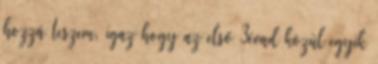
hozzá teszem, igaz hogy az első 3évad közül egyik